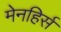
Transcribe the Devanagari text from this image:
मेनहिर्स